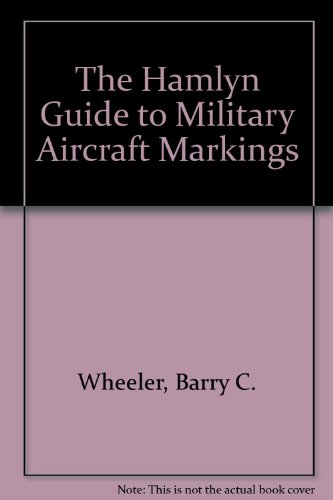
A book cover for The Hamlyn Guide to Military Aircraft Markings; Barry C. Wheeler; Engineering & Transportation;